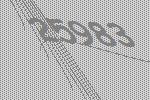
25983